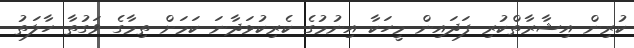
ކުރިން އިޝާރާތްކުރި ފަދައިން މީހަކާ އިނުމުގެ ކެރިކުޅަދާނަ ކަމަށް ތިމާގެ ވަގުތާ ހާލަތު